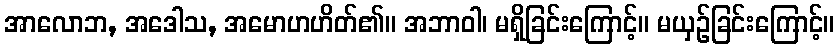
အာလောဘ, အဒေါသ, အမောဟဟိတ်၏။ အဘာဝါ၊ မရှိခြင်းကြောင့်။ မယှဉ်ခြင်းကြောင့်။